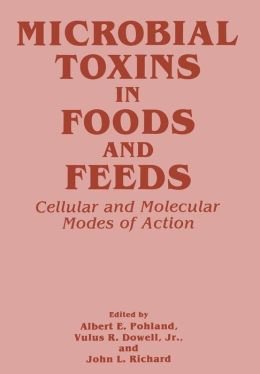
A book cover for Microbial Toxins in Foods and Feeds: Cellular and Molecular Modes of Action; Medical Books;